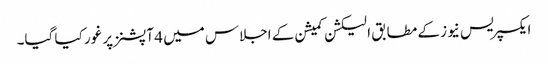
ایکسپریس نیوز کے مطابق الیکشن کمیشن کے اجلاس میں 4 آپشنز پر غور کیا گیا۔